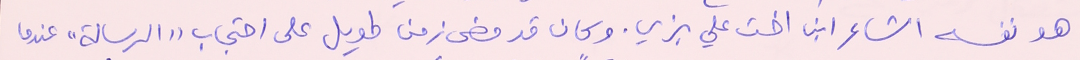
هو نفسه الشاعر ابن اخت علي بزي. وكان قد مضى زمن طويل على احتجاب "الرسالة" عندما